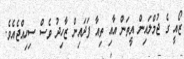
ޒޯއީ ގެ ޖުމްލައިން އީތަން އާއި ތިއާ ފަދައިން ޒާހިދު ވެސް ސިހިއްޖެއެވެ.